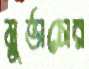
মুর্ভাসের